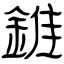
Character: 錐